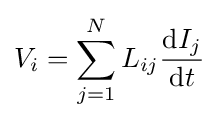
V_{i}=\sum _{j=1}^{N}L_{ij}{\frac {\mathrm {d} I_{j}}{\mathrm {d} t}}\,\!